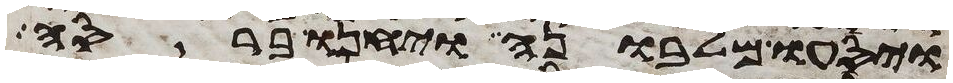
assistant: ויסעו מלבונה ויחנו ברסה